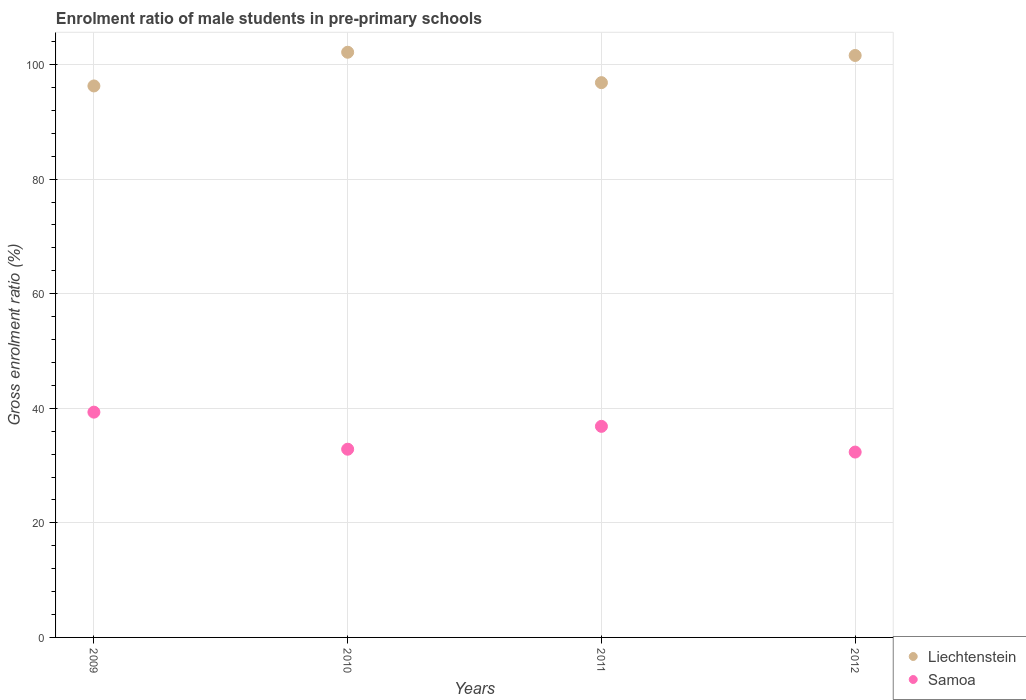
| Years | Liechtenstein | Samoa |
 | --- | --- | --- |
 | 2009 | 96.3 | 39.3 |
 | 2010 | 102 | 32.9 |
 | 2011 | 96.8 | 36.8 |
 | 2012 | 102 | 32.4 |